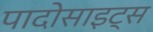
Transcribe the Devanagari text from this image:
पादोसाइट्स